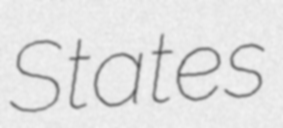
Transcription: States